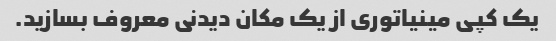
یک کپی مینیاتوری از یک مکان دیدنی معروف بسازید.